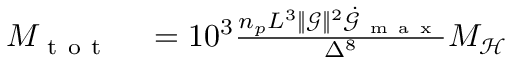
\begin{array} { r l } { M _ { \mathrm { ~ t ~ o ~ t ~ } } } & { { } = 1 0 ^ { 3 } \frac { n _ { p } L ^ { 3 } \lVert \boldsymbol { \mathcal { G } } \rVert ^ { 2 } \dot { \mathcal { G } } _ { \mathrm { ~ m ~ a ~ x ~ } } } { \Delta ^ { 8 } } M _ { \mathcal { H } } } \end{array}